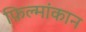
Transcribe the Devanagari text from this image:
फ़िल्मांकान